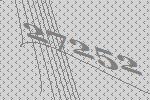
27252